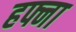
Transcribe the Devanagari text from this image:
हफ्ना